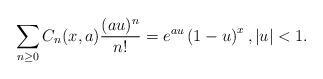
\begin{align*}\sum_{n \geq 0}C_n(x,a)\frac{(au)^n}{n!} = e^{au}\left(1-u\right)^x, |u| < 1. \end{align*}